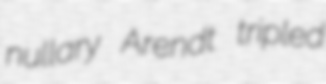
nullary Arendt tripled